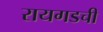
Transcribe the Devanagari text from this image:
रायगडची